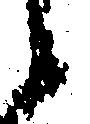
候